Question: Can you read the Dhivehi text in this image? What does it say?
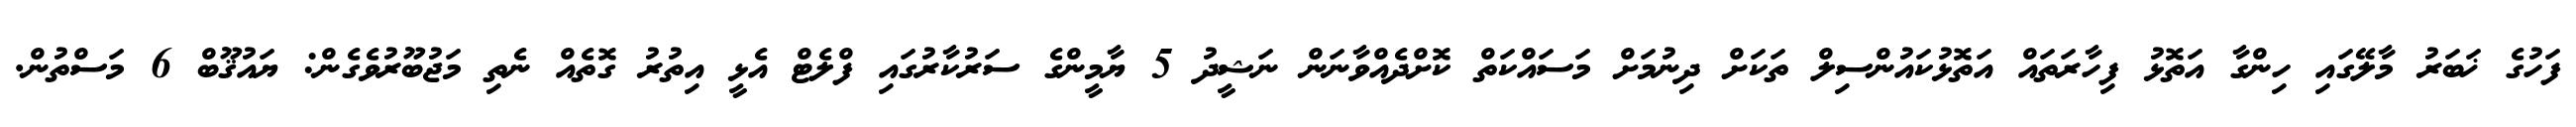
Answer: ފަހުގެ ޚަބަރު މާލޭގައި ހިންގާ އަތޮޅު ފިހާރަތައް އަތޮޅުކައުންސިލް ތަކަށް ދިނުމަށް މަސައްކަތް ކޮށްދެއްވާނަން ނަޝީދު 5 ޔާމީންގެ ސަރުކާރުގައި ފްލެޓް އެޅީ އިތުރު ގޮތެއް ނެތި މަޖުބޫރުވެގެން: ޔައުޤޫބް 6 މަސްތުން.